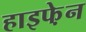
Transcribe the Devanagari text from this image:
हाइफे़न